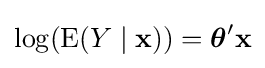
\log(\operatorname {E} (Y\mid \mathbf {x} ))={\boldsymbol {\theta }}'\mathbf {x}